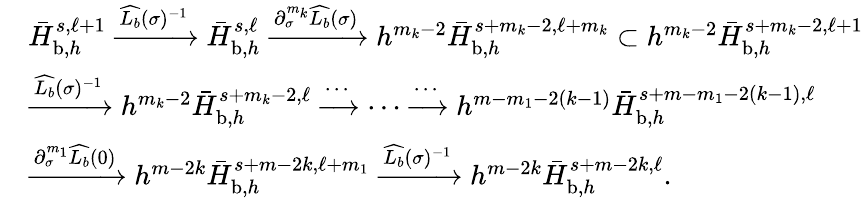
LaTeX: \begin{array}{rl}&{\bar{H}_{\mathrm{b},h}^{s,\ell+1}\xrightarrow{\widehat{L_{b}}(\sigma)^{-1}}\bar{H}_{\mathrm{b},h}^{s,\ell}\xrightarrow{\partial_{\sigma}^{m_{k}}\widehat{L_{b}}(\sigma)}h^{m_{k}-2}\bar{H}_{\mathrm{b},h}^{s+m_{k}-2,\ell+m_{k}}\subset h^{m_{k}-2}\bar{H}_{\mathrm{b},h}^{s+m_{k}-2,\ell+1}}\\ &{\xrightarrow{\widehat{L_{b}}(\sigma)^{-1}}h^{m_{k}-2}\bar{H}_{\mathrm{b},h}^{s+m_{k}-2,\ell}\xrightarrow{\cdots}\cdots\xrightarrow{\cdots}h^{m-m_{1}-2(k-1)}\bar{H}_{\mathrm{b},h}^{s+m-m_{1}-2(k-1),\ell}}\\ &{\xrightarrow{\partial_{\sigma}^{m_{1}}\widehat{L_{b}}(0)}h^{m-2k}\bar{H}_{\mathrm{b},h}^{s+m-2k,\ell+m_{1}}\xrightarrow{\widehat{L_{b}}(\sigma)^{-1}}h^{m-2k}\bar{H}_{\mathrm{b},h}^{s+m-2k,\ell}.}\end{array}